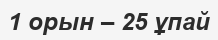
1 орын – 25 ұпай